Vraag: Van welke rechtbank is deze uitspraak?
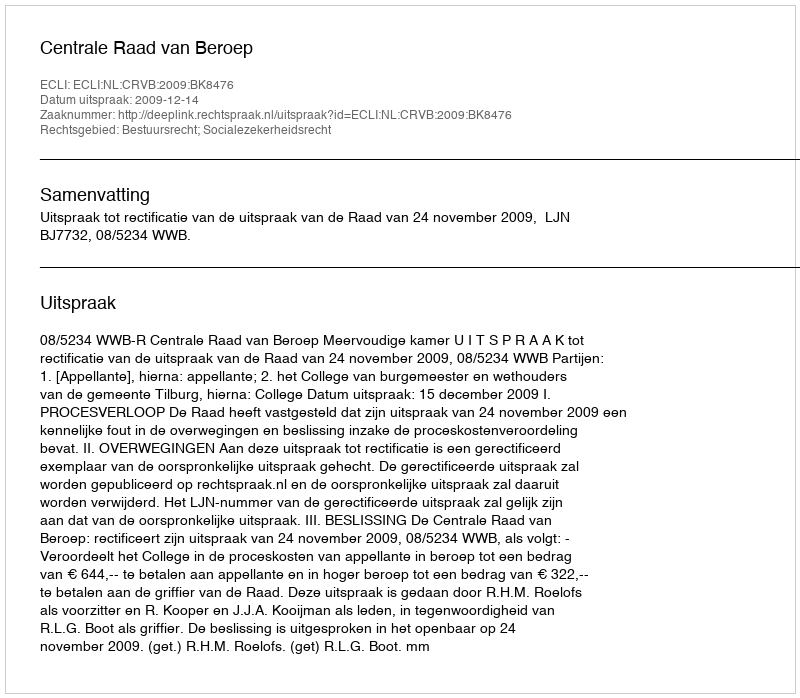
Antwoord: Centrale Raad van Beroep